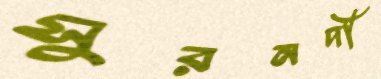
সুরনদী